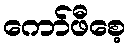
ကော်ဖီစေ့